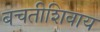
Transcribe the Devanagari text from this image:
बचतीशिवाय